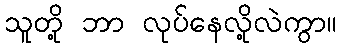
သူတို့ ဘာ လုပ်နေလို့လဲကွာ။